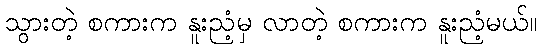
သွားတဲ့ စကားက နူးညံ့မှ လာတဲ့ စကားက နူးညံ့မယ်။